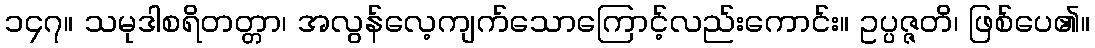
၁၄၇။ သမုဒါစရိတတ္တာ၊ အလွန်လေ့ကျက်သောကြောင့်လည်းကောင်း။ ဥပ္ပဇ္ဇတိ၊ ဖြစ်ပေ၏။